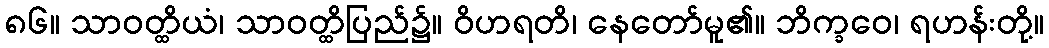
၈၆။ သာဝတ္ထိယံ၊ သာဝတ္ထိပြည်၌။ ဝိဟရတိ၊ နေတော်မူ၏။ ဘိက္ခဝေ၊ ရဟန်းတို့။